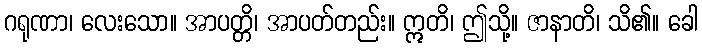
ဂရုဏာ၊ လေးသော။ အာပတ္တိ၊ အာပတ်တည်း။ ဣတိ၊ ဤသို့။ ဇာနာတိ၊ သိ၏။ ခေါ